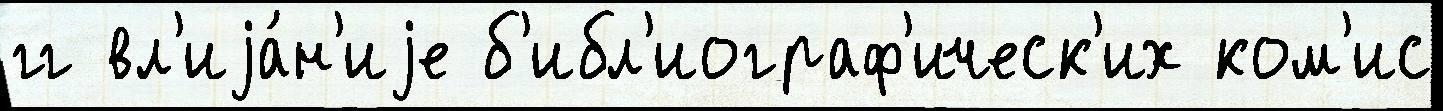
гг вл'иjа́н'иjе б'ибл'иограф'ическ'их ком'ис